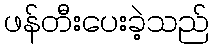
ဖန်တီးပေးခဲ့သည်